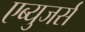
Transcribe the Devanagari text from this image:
एब्युजर्स